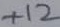
Text: +12